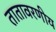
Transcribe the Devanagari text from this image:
तातावरणीय